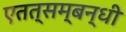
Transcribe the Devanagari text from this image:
एतत्सम्बन्धी